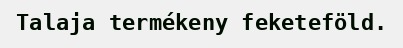
Talaja termékeny feketeföld.